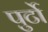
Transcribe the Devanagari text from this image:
पुर्टो